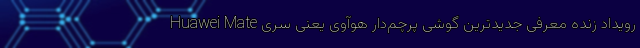
رویداد زنده معرفی جدیدترین گوشی پرچم‌دار هوآوی یعنی سری Huawei Mate